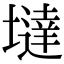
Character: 墶